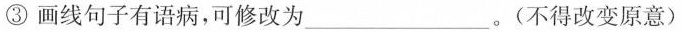
③画线句子有语病，可修改为_。(不得改变原意)